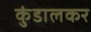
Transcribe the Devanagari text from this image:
कुंडालकर